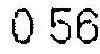
0.56